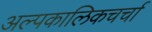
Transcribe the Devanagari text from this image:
अल्पकालिकचर्चा